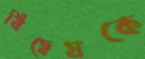
বিদ্বেষকে